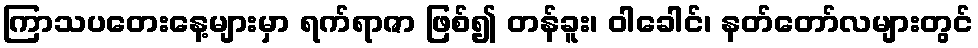
ကြာသပတေးနေ့များမှာ ရက်ရာဇာ ဖြစ်၍ တန်ခူး၊ ဝါခေါင်၊ နတ်တော်လများတွင်